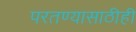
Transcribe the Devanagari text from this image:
परतण्यासाठीही